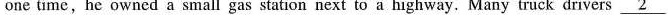
one time,he owned a small gas station next to a highway. Many truck drivers \underline{2}